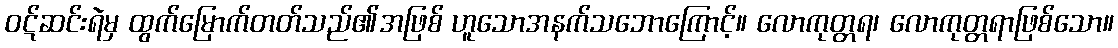
ဝဋ်ဆင်းရဲမှ ထွက်မြောက်တတ်သည်၏အဖြစ် ဟူသောအနက်သဘောကြောင့်။ လောကုတ္တရ၊ လောကုတ္တရာဖြစ်သော။